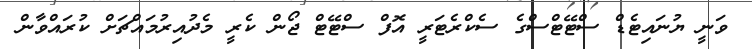
ވަނީ ޔުނައިޓެޑް ސްޓޭޓްސްގެ ސެކްރެޓަރީ އޮފް ސްޓޭޓް ޖޯން ކެރީ މެދުއިރުމައްޗަށް ކުރައްވާން